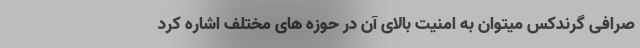
صرافی گرندکس میتوان به امنیت بالای آن در حوزه های مختلف اشاره کرد